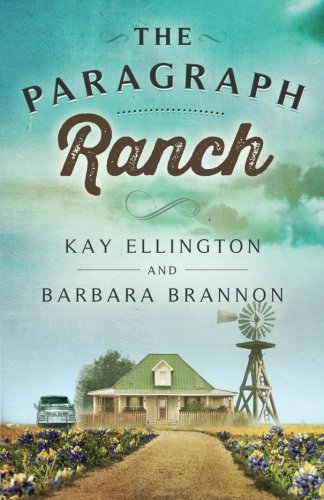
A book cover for The Paragraph Ranch (The Paragraph Ranch Series) (Volume 1); Kay Ellington; Romance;